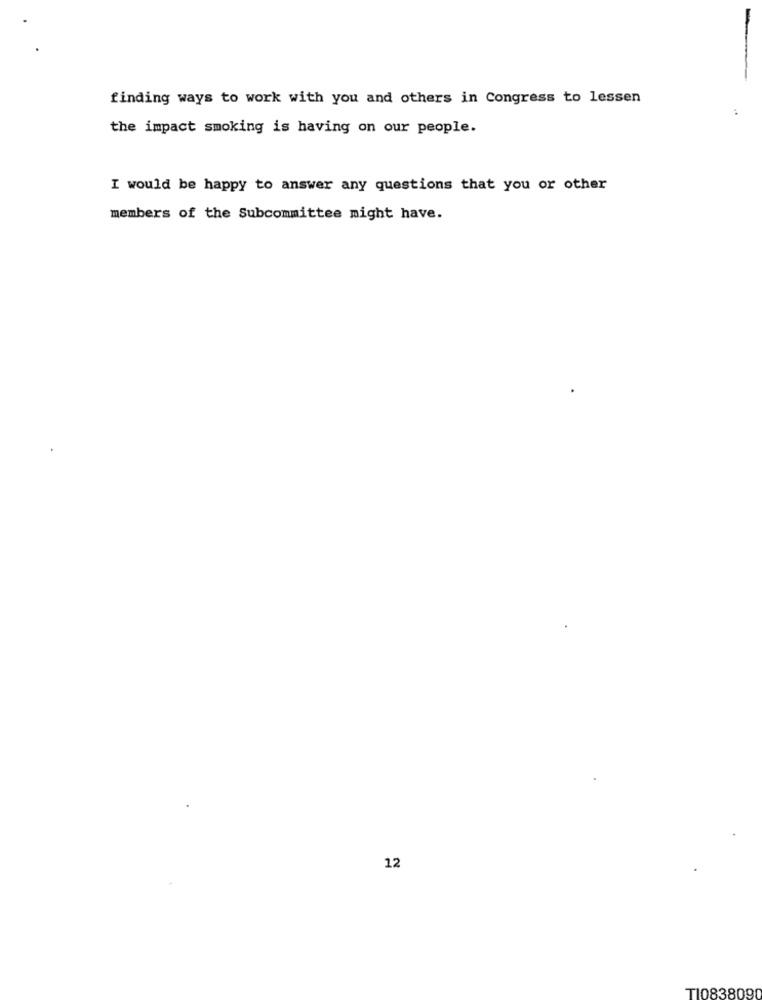
finding ways to work with you and others in Congress to lessen
the impact smoking is having on our people.
I would be happy to answer any questions that you or other
members of the Subcommittee might have.
12
TI083809